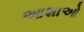
આશાઓ